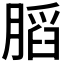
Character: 𰗋